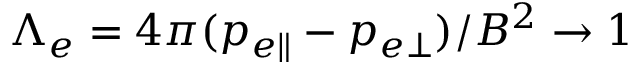
\Lambda _ { e } = 4 \pi ( p _ { e \parallel } - p _ { e \perp } ) / B ^ { 2 } \to 1